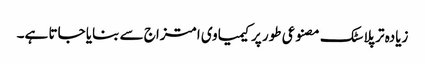
زیادہ تر پلاسٹک مصنوعی طور پر کیمیاوی امتزاج سے بنایا جاتا ہے۔